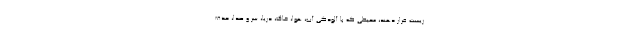
زیست قرار دهند، محیطی که با آلودگی آب، هوا، خاک، دریا، سر و صدا، حذف